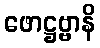
ဖောဋ္ဌဗ္ဗာနိ